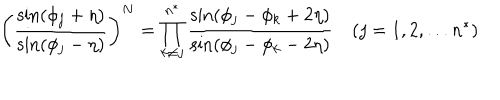
\biggl ( \frac { \sin ( \phi _ { j } + \eta ) } { \sin ( \phi _ { j } - \eta ) } \biggr ) ^ { N } = \prod _ { k \ne j } ^ { n ^ { \ast } } \frac { \sin ( \phi _ { j } - \phi _ { k } + 2 \eta ) } { \sin ( \phi _ { j } - \phi _ { k } - 2 \eta ) } \quad ( j = 1 , 2 , \ldots n ^ { \ast } )